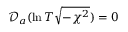
\mathscr { D } _ { a } ( \ln T \sqrt { - \chi ^ { 2 } } ) = 0